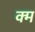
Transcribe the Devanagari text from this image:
क्म